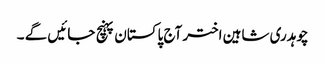
چوہدری شاہین اختر آج پاکستان پہنچ جائیں گے ۔